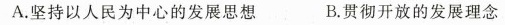
A.坚持以人民为中心的发展思想 B.贯彻开放的发展理念